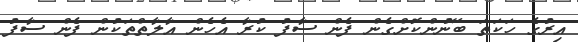
އިރުގެ ހަކަތަ ބޭނުންކޮށްގެން ފެން ސާފު ކުރާ އެހެން އާލާތްތަކުން ފެން ސާފު